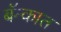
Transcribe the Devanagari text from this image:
बॅन्कात